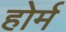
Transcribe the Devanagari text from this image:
होर्म